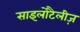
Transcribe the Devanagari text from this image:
साइलोटैलीज़